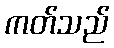
ကတ်သည်